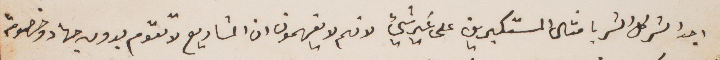
اجد الشر كل الشكر بأمثال المستكبرين على غير شيء لانهم لا يفهمون ان المشاريع لا تقول بدون جهاد وخصومة